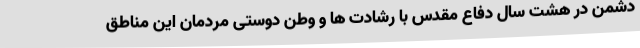
دشمن در هشت سال دفاع مقدس با رشادت ها و وطن دوستی مردمان این مناطق